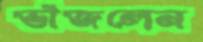
ভাঁজলেন